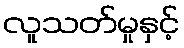
လူသတ်မှုနှင့်